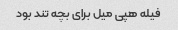
فیله هپی میل برای بچه تند بود